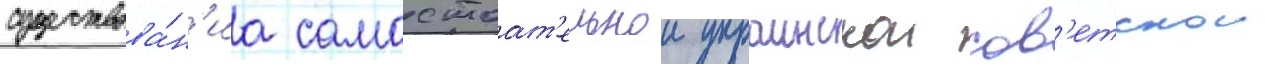
существова́н'иа самостоат'ельнои украинскои сов'етскои